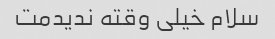
سلام خیلی وقته ندیدمت